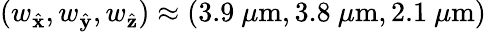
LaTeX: (w_{\hat{\mathbf{x}}},w_{\hat{\mathbf{y}}},w_{\hat{\mathbf{z}}})\approx(3.9~\mu\mathrm{m},3.8~\mu\mathrm{m},2.1~\mu\mathrm{m})